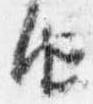
由